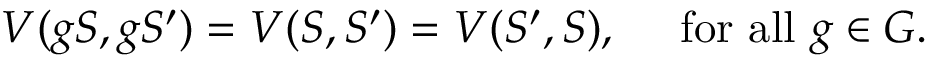
V ( g S , g S ^ { \prime } ) = V ( S , S ^ { \prime } ) = V ( S ^ { \prime } , S ) , ~ ~ ~ ~ \mathrm { f o r ~ a l l } ~ g \in G .